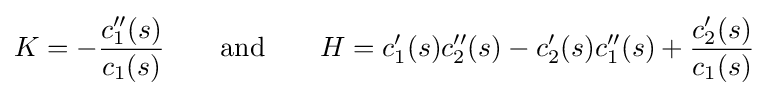
K=-{\frac {c_{1}''(s)}{c_{1}(s)}}\qquad {\text{and}}\qquad H=c_{1}'(s)c_{2}''(s)-c_{2}'(s)c_{1}''(s)+{\frac {c_{2}'(s)}{c_{1}(s)}}